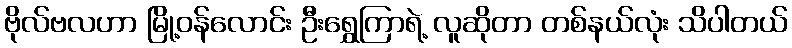
ဗိုလ်ဗလဟာ မြို့ဝန်လောင်း ဦးရွှေကြာရဲ့ လူဆိုတာ တစ်နယ်လုံး သိပါတယ်